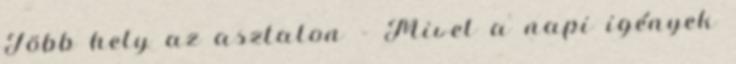
Több hely az asztalon – Mivel a napi igények